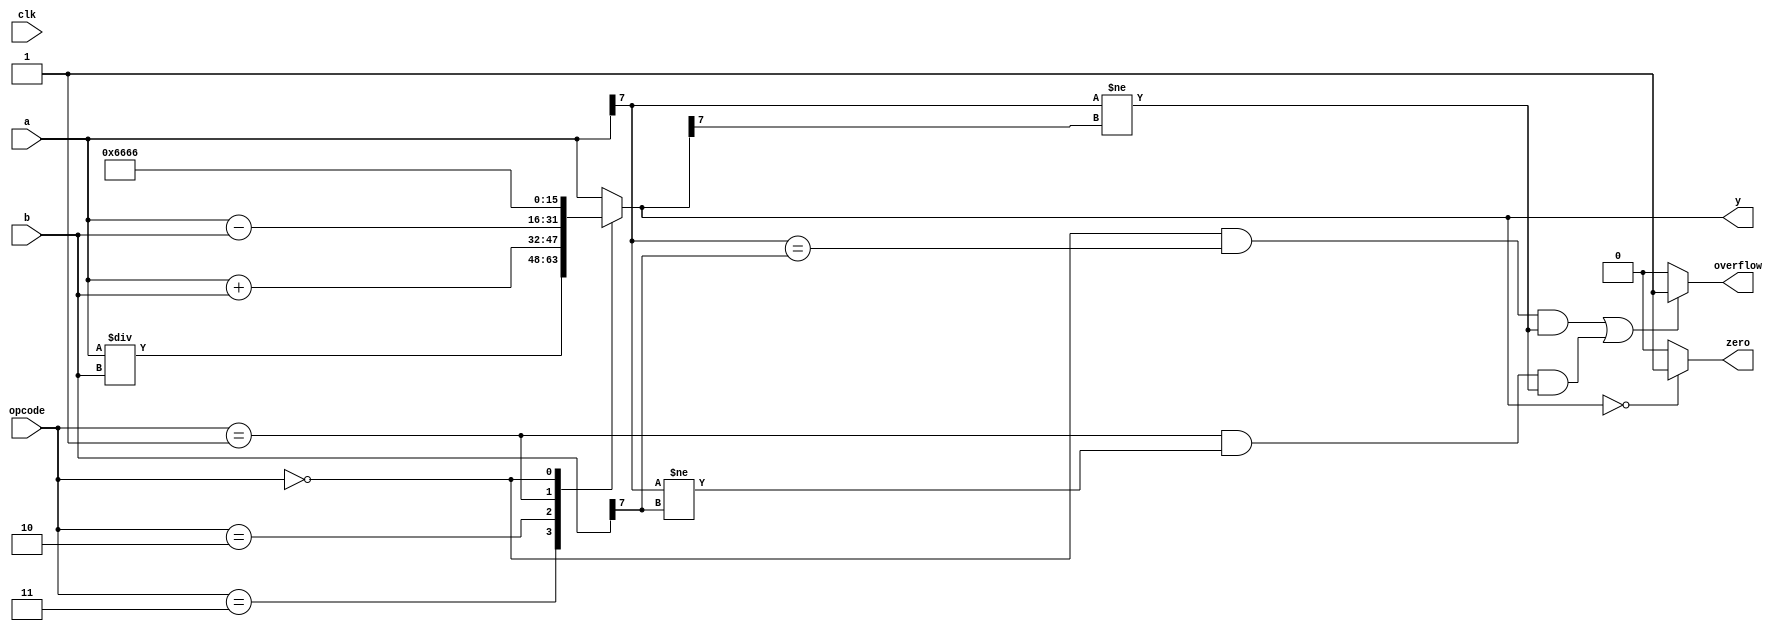
/* Generated by Yosys 0.43+11 (git sha1 49f547782, clang++ 14.0.0-1ubuntu1.1 -fPIC -Os) */

(* src = "./test.v:2.1-33.10" *)
module top(clk, opcode, a, b, y, zero, overflow);
  (* src = "./test.v:15.20-15.25" *)
  wire [15:0] _00_;
  (* src = "./test.v:16.20-16.25" *)
  wire [15:0] _01_;
  (* src = "./test.v:20.7-20.24" *)
  wire _02_;
  (* src = "./test.v:25.8-25.25" *)
  wire _03_;
  (* src = "./test.v:25.29-25.41" *)
  wire _04_;
  (* src = "./test.v:26.8-26.25" *)
  wire _05_;
  (* src = "./test.v:25.8-25.57" *)
  wire _06_;
  (* src = "./test.v:25.8-25.41" *)
  wire _07_;
  (* src = "./test.v:26.8-26.41" *)
  wire _08_;
  (* src = "./test.v:26.8-26.57" *)
  wire _09_;
  (* src = "./test.v:25.7-26.58" *)
  wire _10_;
  (* src = "./test.v:25.45-25.57" *)
  wire _11_;
  (* src = "./test.v:26.29-26.41" *)
  wire _12_;
  (* src = "./test.v:26.45-26.57" *)
  wire _13_;
  wire _14_;
  wire _15_;
  wire _16_;
  wire _17_;
  (* src = "./test.v:14.20-14.25" *)
  wire [15:0] _18_;
  (* src = "./test.v:5.16-5.17" *)
  input [15:0] a;
  wire [15:0] a;
  (* src = "./test.v:5.19-5.20" *)
  input [15:0] b;
  wire [15:0] b;
  (* src = "./test.v:3.9-3.12" *)
  input clk;
  wire clk;
  (* src = "./test.v:4.15-4.21" *)
  input [3:0] opcode;
  wire [3:0] opcode;
  (* src = "./test.v:8.14-8.22" *)
  output overflow;
  wire overflow;
  (* src = "./test.v:6.21-6.22" *)
  output [15:0] y;
  wire [15:0] y;
  (* src = "./test.v:7.14-7.18" *)
  output zero;
  wire zero;
  assign _00_ = a + (* src = "./test.v:15.20-15.25" *) b;
  assign _01_ = a / (* src = "./test.v:16.20-16.25" *) b;
  assign _02_ = ! (* src = "./test.v:20.7-20.24" *) y;
  assign _03_ = ! (* src = "./test.v:25.8-25.25" *) opcode;
  assign _04_ = a[7] == (* src = "./test.v:25.29-25.41" *) b[7];
  assign _05_ = opcode == (* src = "./test.v:26.8-26.25" *) 4'h1;
  assign _06_ = _07_ && (* src = "./test.v:25.8-25.57" *) _11_;
  assign _07_ = _03_ && (* src = "./test.v:25.8-25.41" *) _04_;
  assign _08_ = _05_ && (* src = "./test.v:26.8-26.41" *) _12_;
  assign _09_ = _08_ && (* src = "./test.v:26.8-26.57" *) _13_;
  assign _10_ = _06_ || (* src = "./test.v:25.7-26.58" *) _09_;
  assign _11_ = a[7] != (* src = "./test.v:25.45-25.57" *) y[7];
  assign _12_ = a[7] != (* src = "./test.v:26.29-26.41" *) b[7];
  assign _13_ = a[7] != (* src = "./test.v:26.45-26.57" *) y[7];
  assign overflow = _10_ ? (* full_case = 32'd1 *) (* src = "./test.v:25.7-26.58|./test.v:25.3-29.23" *) 1'h1 : 1'h0;
  assign zero = _02_ ? (* full_case = 32'd1 *) (* src = "./test.v:20.7-20.24|./test.v:20.3-23.19" *) 1'h1 : 1'h0;
  function [15:0] _35_;
    input [15:0] a;
    input [63:0] b;
    input [3:0] s;
    (* full_case = 32'd1 *)
    (* src = "./test.v:0.0-0.0|./test.v:12.3-18.10" *)
    (* parallel_case *)
    casez (s)
      4'b???1:
        _35_ = b[15:0];
      4'b??1?:
        _35_ = b[31:16];
      4'b?1??:
        _35_ = b[47:32];
      4'b1???:
        _35_ = b[63:48];
      default:
        _35_ = a;
    endcase
  endfunction
  assign y = _35_(a, { 16'h6666, _18_, _00_, _01_ }, { _17_, _16_, _15_, _14_ });
  assign _14_ = opcode == (* full_case = 32'd1 *) (* src = "./test.v:0.0-0.0|./test.v:12.3-18.10" *) 4'h3;
  assign _15_ = opcode == (* full_case = 32'd1 *) (* src = "./test.v:0.0-0.0|./test.v:12.3-18.10" *) 4'h2;
  assign _16_ = opcode == (* full_case = 32'd1 *) (* src = "./test.v:0.0-0.0|./test.v:12.3-18.10" *) 4'h1;
  assign _17_ = ! (* full_case = 32'd1 *) (* src = "./test.v:0.0-0.0|./test.v:12.3-18.10" *) opcode;
  assign _18_ = a - (* src = "./test.v:14.20-14.25" *) b;
endmodule